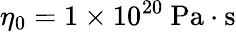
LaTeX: \eta_{0}=1\times 10^{20}\ \mathrm{Pa\cdot s}